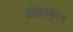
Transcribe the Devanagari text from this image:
मोहफूल